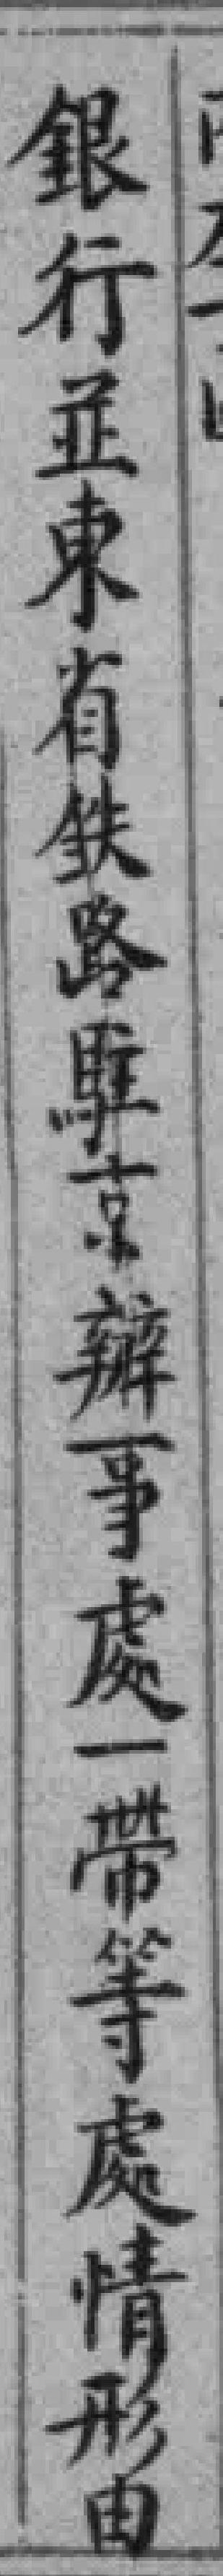
银行並東省鉄路駐京辦事處一帶等處情形由